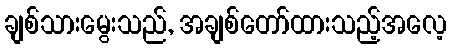
ချစ်သားမွေးသည်, အချစ်တော်ထားသည့်အလေ့